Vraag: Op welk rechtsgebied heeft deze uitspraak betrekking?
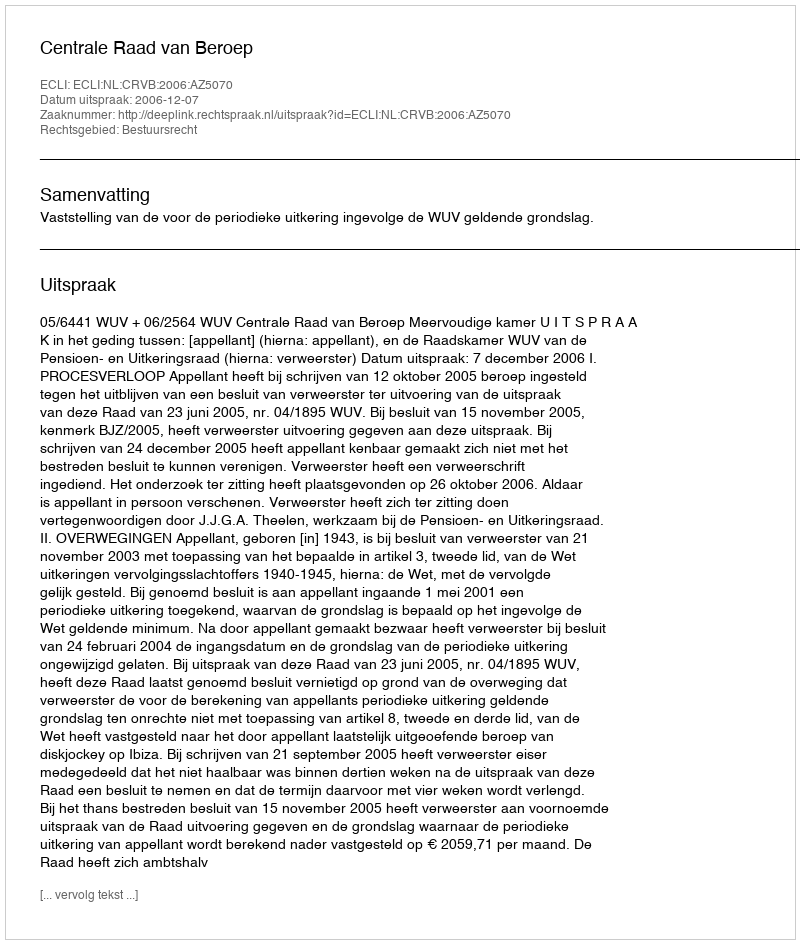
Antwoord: Bestuursrecht